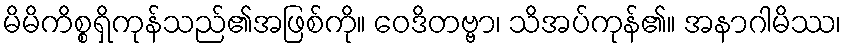
မိမိကိစ္စရှိကုန်သည်၏အဖြစ်ကို။ ဝေဒိတဗ္ဗာ၊ သိအပ်ကုန်၏။ အနာဂါမိဿ၊